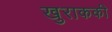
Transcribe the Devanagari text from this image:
खुराककी